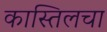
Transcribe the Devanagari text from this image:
कास्तिलचा